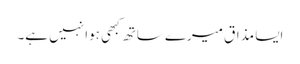
ایسا مذاق میرے ساتھ کبھی ہوا نہیں ہے۔